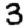
Digit: 3